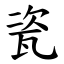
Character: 瓷